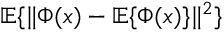
{ \mathbb E } \{ \| \Phi ( x ) - { \mathbb E } \{ \Phi ( x ) \} \| ^ { 2 } \}